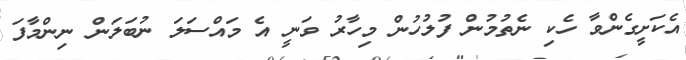
އެކަށީގެންވާ ހެކި ނެތުމުން ފުލުހުން މިހާރު ވަނީ އެ މައްސަލަ ނުބަލަން ނިންމާފަ